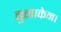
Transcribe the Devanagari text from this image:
बुनाकेन।